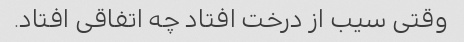
وقتی سیب از درخت افتاد چه اتفاقی افتاد.